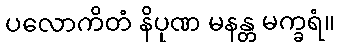
ပလောကိတံ နိပုဏ မနန္တ မက္ခရံ။